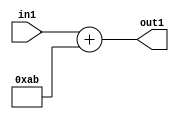
`timescale 1ps / 1ps
/*****************************************************************************
    Verilog RTL Description
    
    
    Created by: Stratus DpOpt 2019.1.01 
*******************************************************************************/

module DC_Filter_Add_12U_286_1 (
	in1,
	out1
	); /* architecture "behavioural" */ 
input [11:0] in1;
output [11:0] out1;
wire [11:0] asc001;

assign asc001 = 
	+(in1)
	+(12'B000010101011);

assign out1 = asc001;
endmodule

/* CADENCE  urnyQgo= : u9/ySgnWtBlWxVPRXgAZ4Og= ** DO NOT EDIT THIS LINE ******/